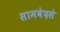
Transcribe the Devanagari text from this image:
सामवेदसे